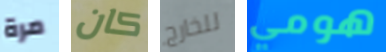
مرة كان للخارج هومي